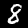
Label: 8